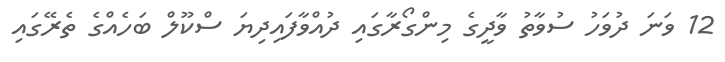
12 ވަނަ ދުވަހު ސުވާތު ވާދީގެ މިންގޯރާގައި ދުއްވާފައިދިޔަ ސްކޫލް ބަހެއްގެ ތެރޭގައި